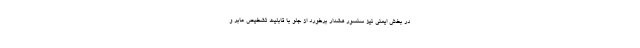
در بخش ایمنی نیز سنسور هشدار برخورد از جلو با قابلیت تشخیص عابر و